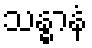
သန္ဓာနံ